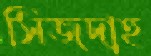
সিজদাহ